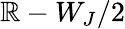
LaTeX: \mathbb{R}-W_{J}/2